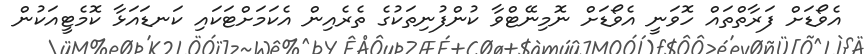
އެވޯޑަށް ފަރާތްތައް ހޮވަނީ އެވޯޑަށް ނޮމިނޭޓްވާ ކުންފުނިތަކުގެ ތެރެއިން އެކަމަށްޓަކައި ކަނޑައަޅާ ކޮމެޓީއަކުން